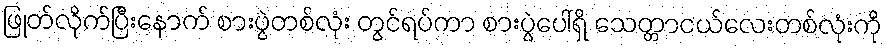
ဖြုတ်လိုက်ပြီးနောက် စားပွဲတစ်လုံး တွင်ရပ်ကာ စားပွဲပေါ်ရှိ သေတ္တာငယ်လေးတစ်လုံးကို